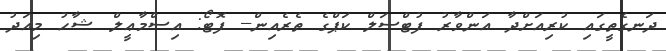
ދަނގެތީގައި ކުރިއަށްދާ އަންވާރު ފުޓްސަލް ކަޕްގެ ތެރެއިން-- ފޮޓޯ: އިސްމާޢީލް ޝާހު މިއަދު